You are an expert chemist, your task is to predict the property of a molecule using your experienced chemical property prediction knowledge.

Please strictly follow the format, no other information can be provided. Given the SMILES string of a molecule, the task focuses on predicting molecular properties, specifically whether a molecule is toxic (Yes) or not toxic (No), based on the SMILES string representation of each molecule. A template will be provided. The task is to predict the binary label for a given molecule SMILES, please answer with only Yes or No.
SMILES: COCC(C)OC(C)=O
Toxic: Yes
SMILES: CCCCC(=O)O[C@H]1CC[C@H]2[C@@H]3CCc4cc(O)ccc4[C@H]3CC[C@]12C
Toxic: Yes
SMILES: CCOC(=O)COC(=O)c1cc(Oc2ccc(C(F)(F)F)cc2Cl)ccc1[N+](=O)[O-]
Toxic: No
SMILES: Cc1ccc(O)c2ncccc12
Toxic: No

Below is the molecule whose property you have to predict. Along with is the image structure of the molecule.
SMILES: CCC(=O)c1cccc(Cl)c1
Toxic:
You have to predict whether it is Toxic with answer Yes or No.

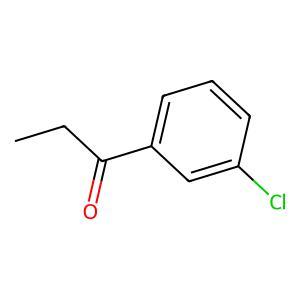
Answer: No